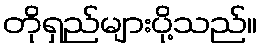
တိုရှည်များပို့သည်။